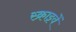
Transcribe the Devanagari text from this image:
स्क्राइवें